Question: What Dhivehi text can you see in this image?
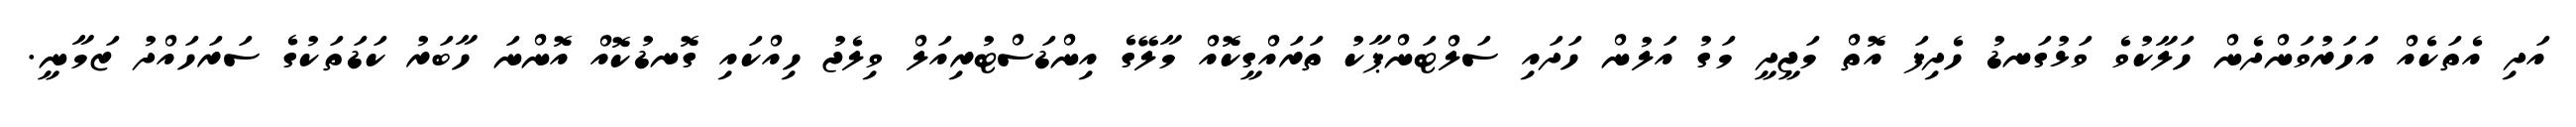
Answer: އަދި އެތަކެއް އަހަރުވަންދެން ހަލާކުވެ ވަޅުގަނޑު ހެދިފަ އޮތް މަޖީދީ މަގު އަލުން ހަދައި ސަލްޓަންޕާކު ތަރައްގީކޮއް މާލޭގެ އިންޑަސްޓުރިއަލް ވިލެޖު ހިއްކައި ގޮނޑުކޮއް އޮންނަ ހާބަރު ކަޑަތަކުގެ ސަރަހައްދު ޒަމާނީ.